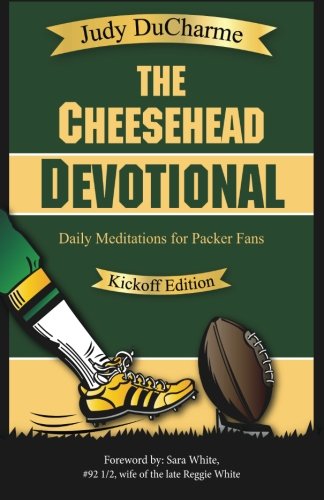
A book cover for The Cheesehead Devotional: Daily Meditations for Packer Fans; Judy DuCharme; Sports & Outdoors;